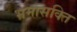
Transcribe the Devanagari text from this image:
भ्रमासक्‍ति